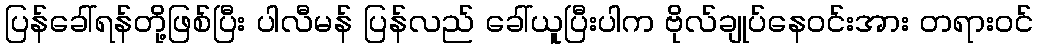
ပြန်ခေါ်ရန်တို့ဖြစ်ပြီး ပါလီမန် ပြန်လည် ခေါ်ယူပြီးပါက ဗိုလ်ချုပ်နေဝင်းအား တရားဝင်